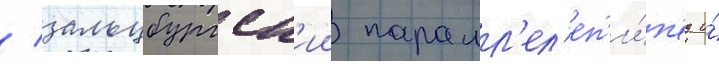
/ зальцбургск'ии паралл'ел'еп'и́п'ед и́